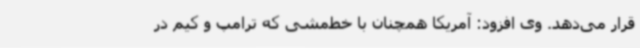
قرار می‌دهد. وی افزود: آمریکا همچنان با خط‌مشی که ترامپ و کیم در